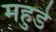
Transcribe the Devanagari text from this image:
महुडे